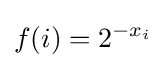
f(i)=2^{-x_{i}}